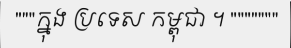
"""ក្នុង ប្រទេស កម្ពុជា ។ """""""